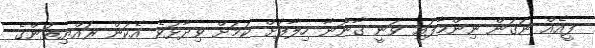
ފީއެއް ނަގަން ނިންމާފައި ވަނީ ގާނޫނާ ހިލާފަށް ކަމަށް ވިދާޅުވެ އެކަން ރައްޔިތުންގެ